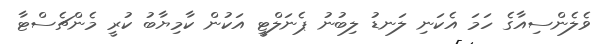
ވެލެންސިއާގެ ހަމަ އެކަނި ލަނޑު ލިބުނު ޕެނަލްޓީ އަކުން ކާމިޔާބު ކުރީ މެންޗެސްޓާ